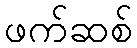
ဖက်ဆစ်